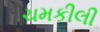
ચમકીલી